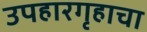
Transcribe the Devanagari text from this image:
उपहारगृहाचा